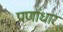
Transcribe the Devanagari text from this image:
पर्णाधार